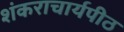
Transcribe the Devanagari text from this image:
शंकराचार्यपीठ